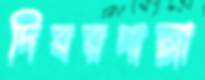
দিবরপাল্লা